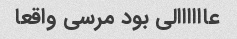
عاااااالی بود مرسی واقعا